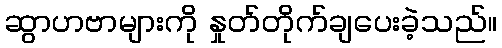
ဆွာဟဗာများကို နှုတ်တိုက်ချပေးခဲ့သည်။